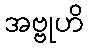
အဗ္ဗုဟိ